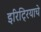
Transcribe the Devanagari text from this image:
इरिट्रियाचे